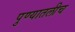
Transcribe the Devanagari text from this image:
पुण्यातलीच